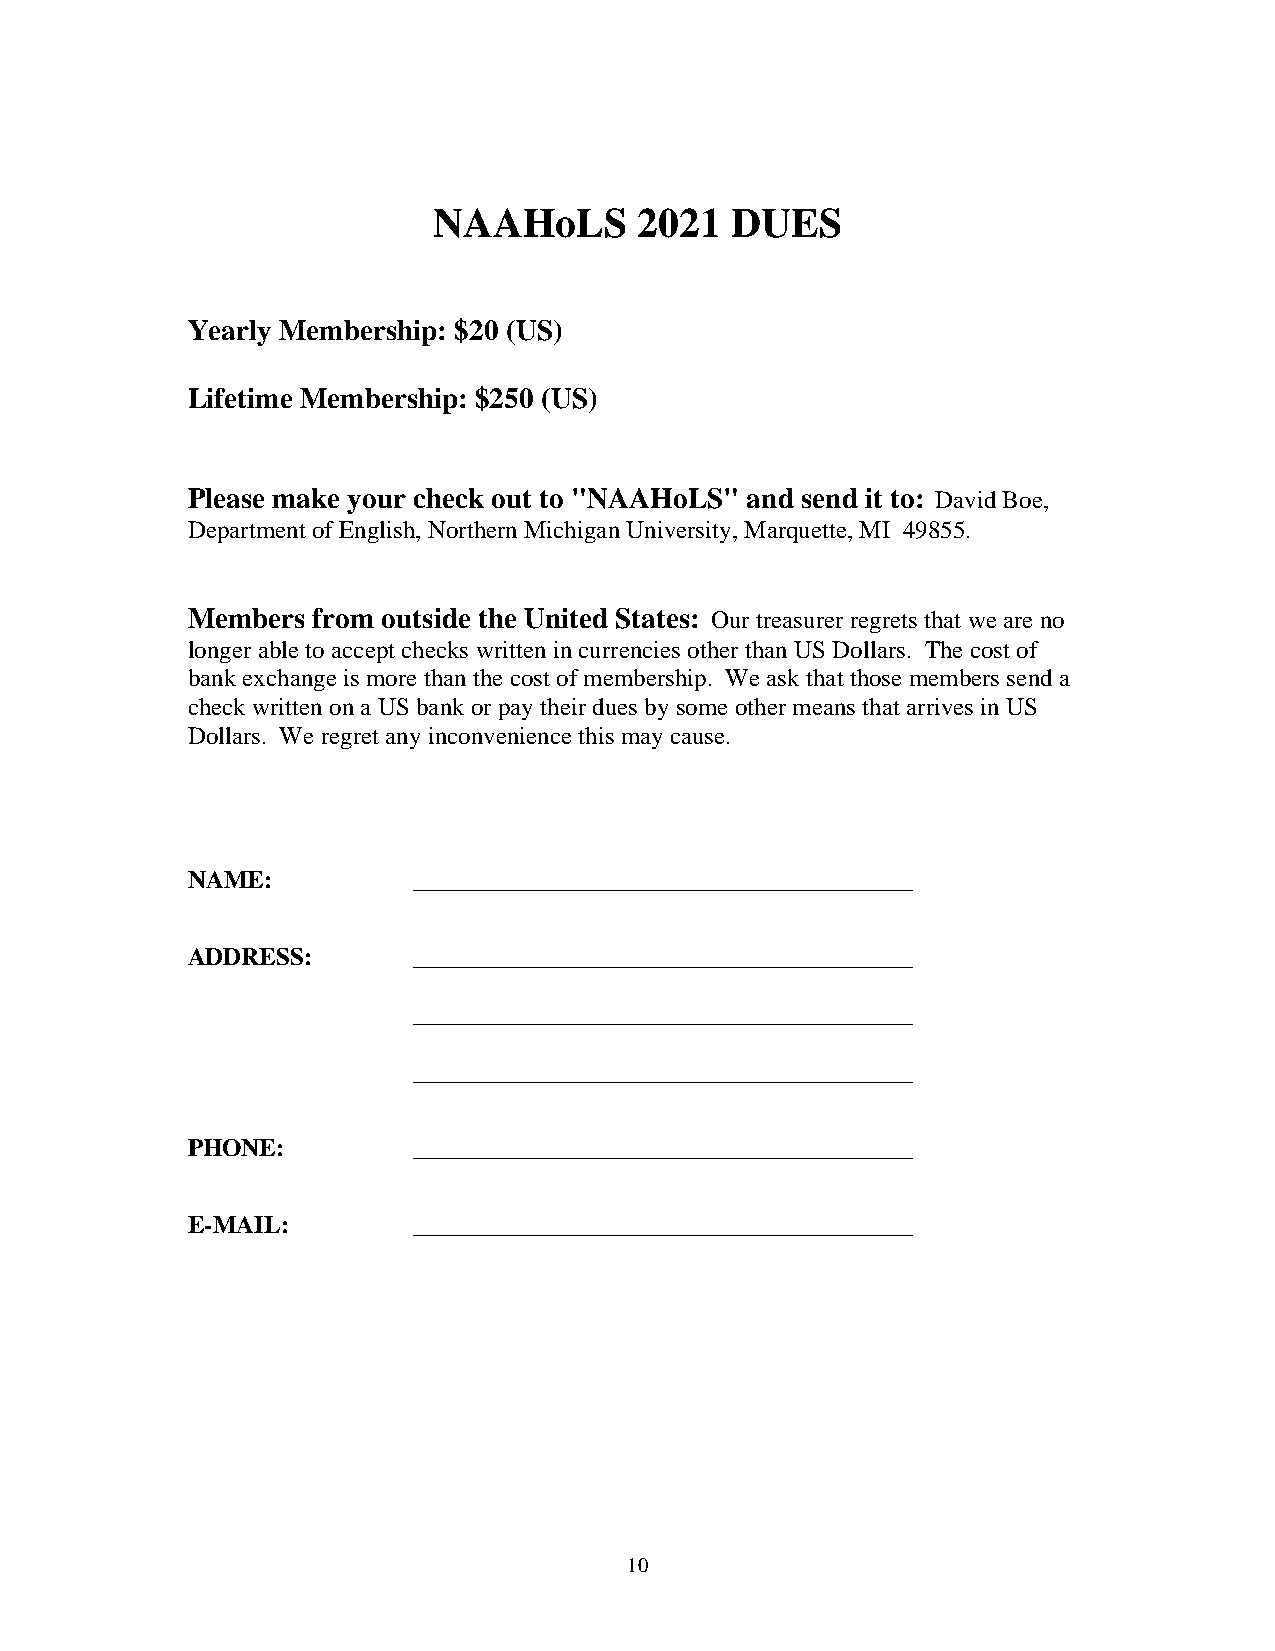
NAAHoLS      2021  DUES
 Yearly Membership: $20 (US)
 Lifetime Membership: $250 (US)
 Please make your check out to "NAAHoLS" and send it to: David Boe,
 Department of English, Northern Michigan University, Marquette, MI 49855.
 Members  from outside the United States: Our treasurer regrets that we are no
 longer able to accept checks written in currencies other than US Dollars. The cost of
 bank exchange is more than the cost of membership. We ask that those members send a
 check written on a US bank or pay their dues by some other means that arrives in US
 Dollars. We regret any inconvenience this may cause.
 NAME:          ________________________________________
 ADDRESS:       ________________________________________
 ________________________________________
 ________________________________________
 PHONE:         ________________________________________
 E-MAIL:        ________________________________________
 10